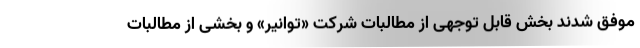
موفق شدند بخش قابل توجهی از مطالبات شرکت «توانیر» و بخشی از مطالبات